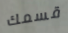
قسمك